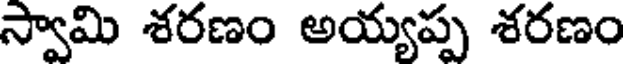
స్వామి శరణం అయ్యప్ప శరణం